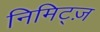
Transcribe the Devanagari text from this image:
निमिट्ज़